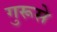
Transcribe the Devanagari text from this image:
गुरूसे